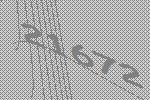
21672